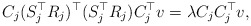
\begin{align*} C_j(S_j^{\top}R_j)^{\top}(S_j^{\top}R_j)C_j^{\top}v=\lambda C_jC_j^{\top}v,\end{align*}